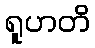
ရူဟတိ